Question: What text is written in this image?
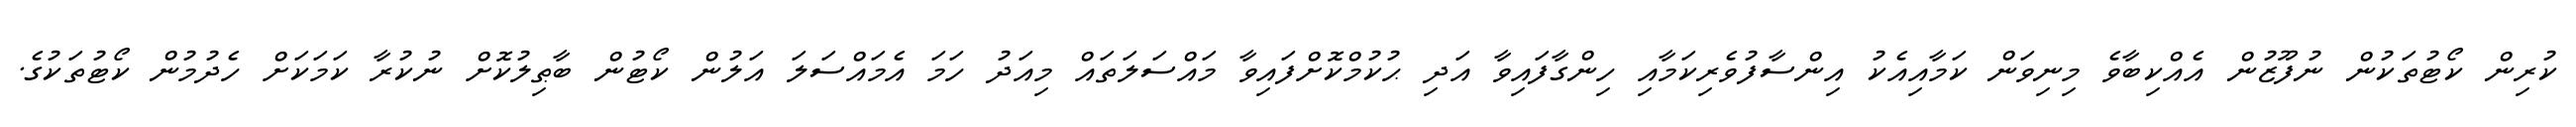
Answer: ކުރިން ކޯޓުތަކުން ނުފޫޒުން އެއްކިބާވެ މިނިވަން ކަމާއިއެކު އިންސާފުވެރިކަމާއި ހިންގާފައިވާ އަދި ޙުކުމްކޮށްފައިވާ މައްސަލަތައް މިއަދު ހަމަ އެމައްސަލަ އަލުން ކޯޓުން ބާޠިލުކޮށް ނުކުރާ ކަމަކަށް ހެދުމުން ކޯޓުތަކުގެ.